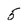
Character: 5